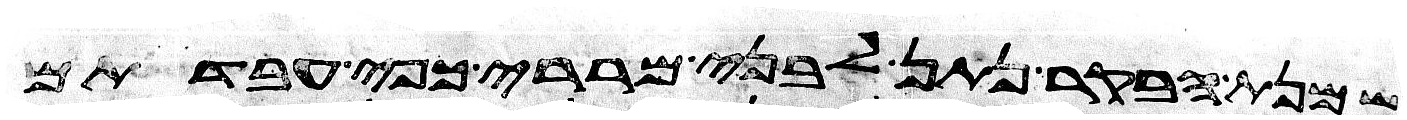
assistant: שמנת הבקר נתן לבני מררי כפי עבדתם